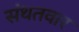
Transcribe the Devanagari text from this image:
संथतवार